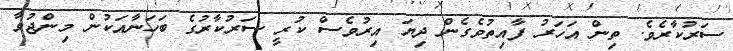
ސަރުކާރެވެ. ތިންް އަހަރު ފާއިތުވެގެން ދިޔަ އިރުވެސް ކުރީ ސަރުކާރުގެ ބަހަނާއަކުންް މިންޖުވާ